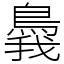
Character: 䳗